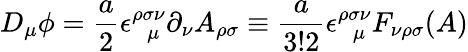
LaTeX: D_{\mu}\phi=\frac{a}{2}\epsilon_{~~~\mu}^{\rho\sigma\nu}\partial_{\nu}A_{\rho\sigma}\equiv\frac{a}{3!2}\epsilon_{~~~\mu}^{\rho\sigma\nu}F_{\nu\rho\sigma}(A)